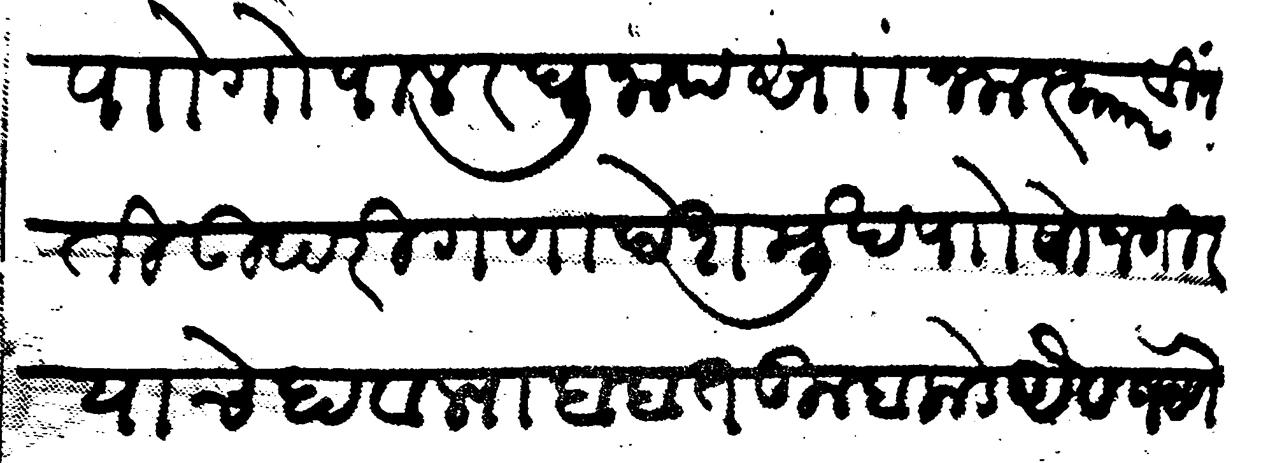
Transliteration (Devanagari): पाो गोपाल रघुनाथ सां नमस्कार विनंती उपरी गणा देशमुख पाो सोनगीर याचे हावाल्याबाबत तुम्हाकडे औवज येणे